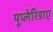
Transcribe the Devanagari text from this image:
यूप्लेरिडाए